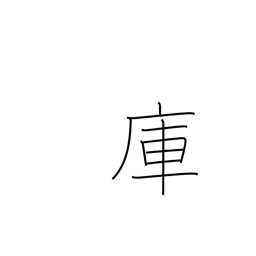
Meaning: storehouse